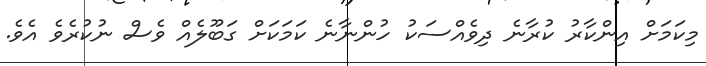
މިކަމަށް އިންކާރު ކުރާނެ ދިވެއްސަކު ހުންނާނެ ކަމަކަށް ގަބޫލެއް ވެސް ނުކުރެވެ އެވެ.